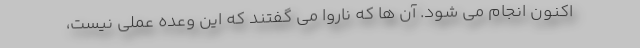
اکنون انجام می شود. آن ها که ناروا می گفتند که این وعده عملی نیست،